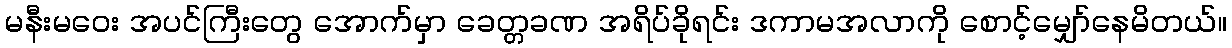
မနီးမဝေး အပင်ကြီးတွေ အောက်မှာ ခေတ္တခဏ အရိပ်ခိုရင်း ဒကာမအလာကို စောင့်မျှော်နေမိတယ်။